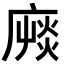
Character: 𢊝